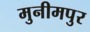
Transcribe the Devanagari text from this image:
मुनीमपुर